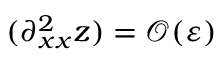
( \partial _ { x x } ^ { 2 } z ) = \mathcal { O } ( \varepsilon )